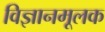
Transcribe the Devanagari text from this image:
विज्ञानमूलक